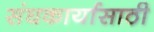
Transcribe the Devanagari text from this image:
संघकार्यासाठी